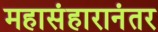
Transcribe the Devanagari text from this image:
महासंहारानंतर